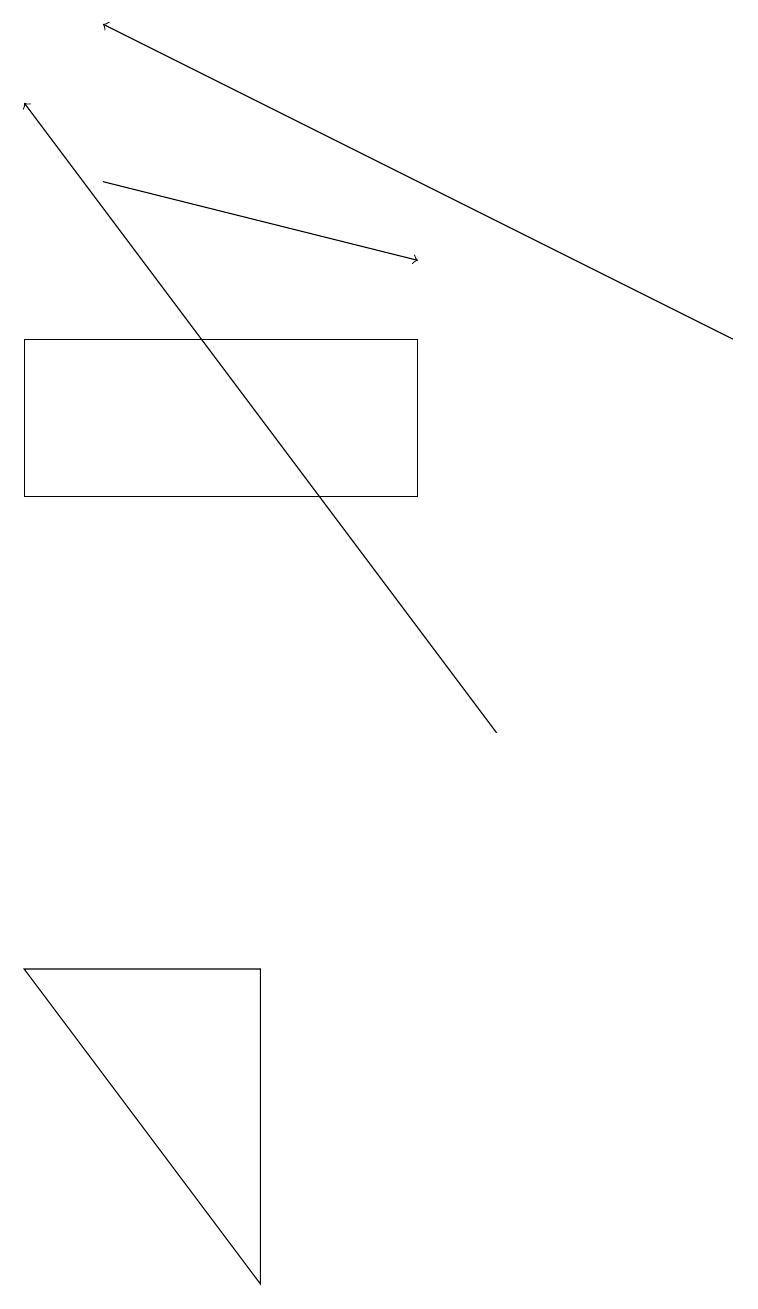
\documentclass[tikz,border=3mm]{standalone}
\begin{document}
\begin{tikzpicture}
\draw[->] (1,17) -- (5,16);
\draw[->] (6,10) -- (0,18);
\draw (3,3) -- (0,7) -- (3,7) -- cycle;
\draw[->] (9,15) -- (1,19);
\draw (0,13) rectangle (5,15);
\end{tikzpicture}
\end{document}